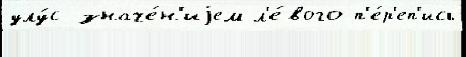
улу́с значе́н'иjем л'е́вого п'е́р'еп'ись